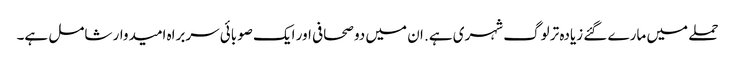
حملے میں مارے گئے زیادہ تر لوگ شہری ہے. ان میں دو صحافی اور ایک صوبائی سربراہ امیدوار شامل ہے۔